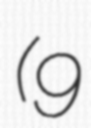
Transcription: (9